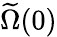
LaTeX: \widetilde\Omega(0)